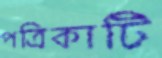
পত্রিকাটি